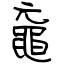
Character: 黿